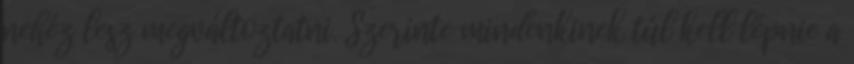
nehéz lesz megváltoztatni. Szerinte mindenkinek túl kell lépnie a